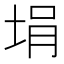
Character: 埍